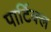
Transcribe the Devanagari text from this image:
पार्टिक्ल